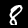
Label: 8